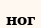
ног